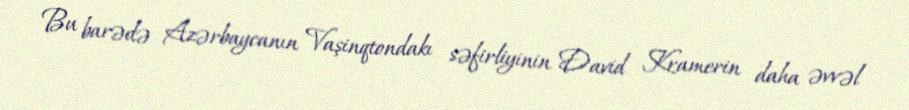
Bu barədə Azərbaycanın Vaşinqtondakı səfirliyinin David Kramerin daha əvvəl